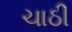
ચાઠી